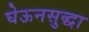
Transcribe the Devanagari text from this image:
घेऊनसुद्धा